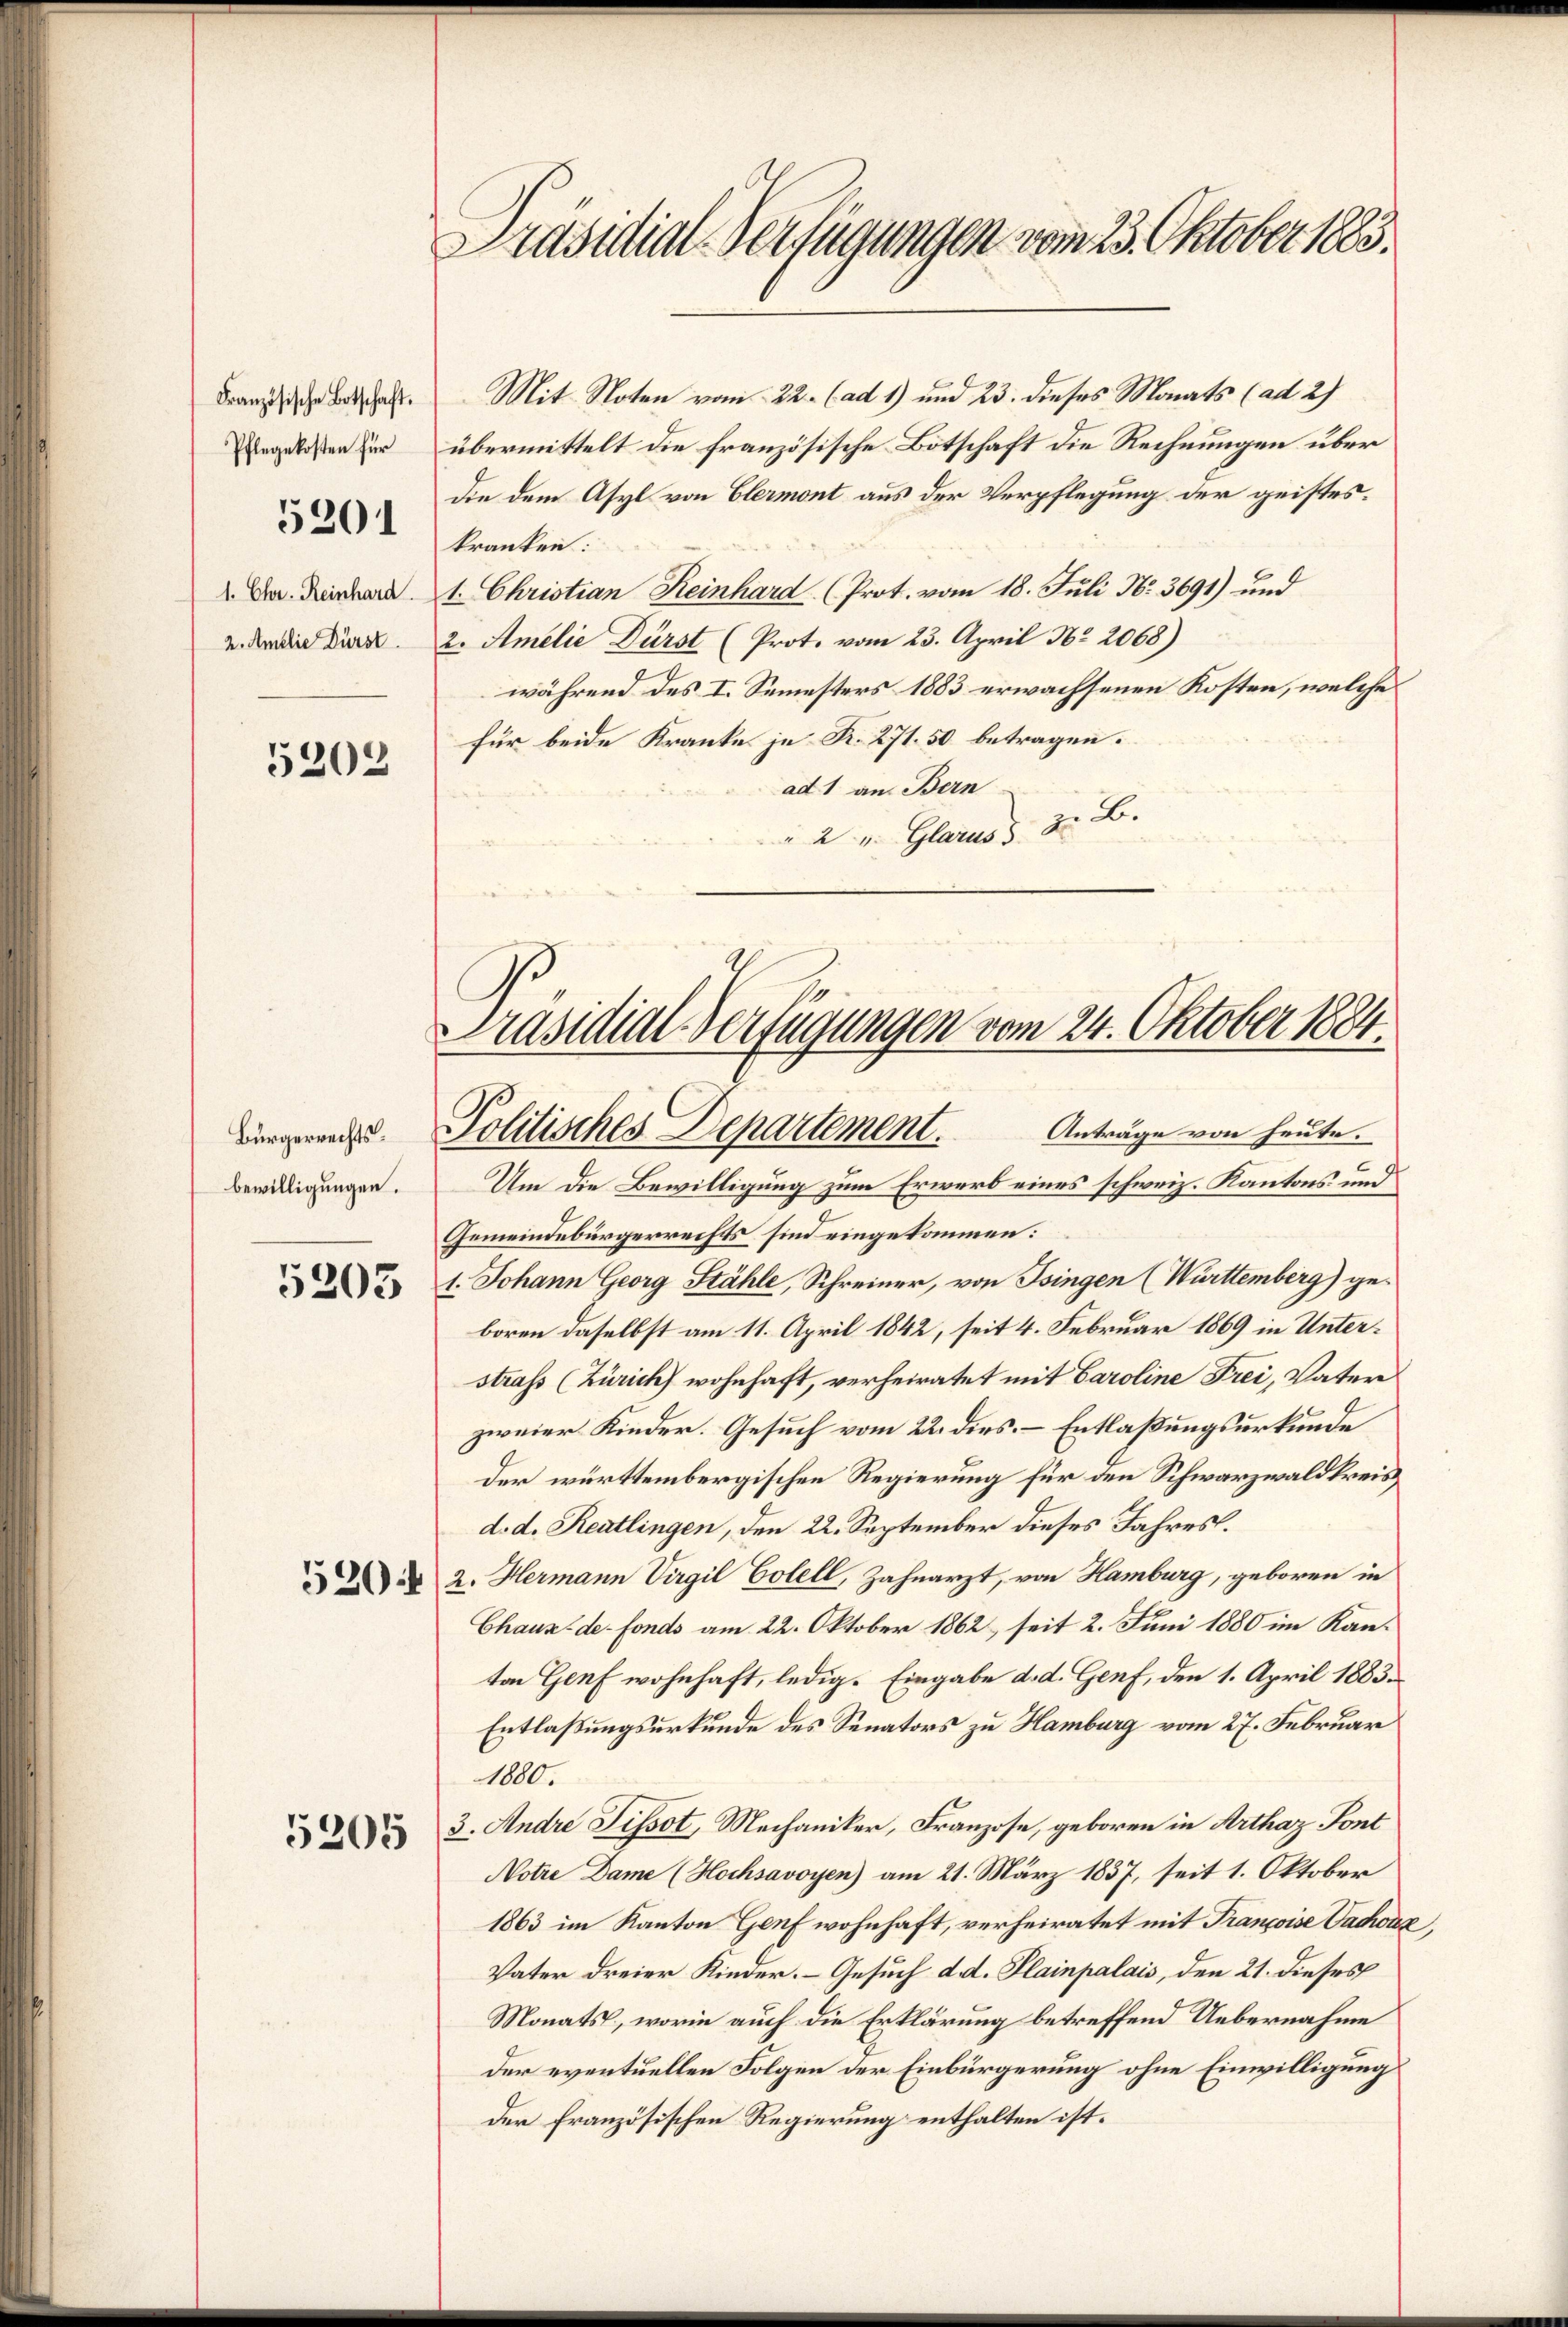
Französische Botschaft.
Pflegekosten für

5201

1. Chr. Reinhard.
2. Amblie Dürst.

5202

Bürgerrechtsbewilligungen.
5205

5205

Präsidial-Verfügungen vom 23. Oktober 1883.

Mit Noten vom 22. (ad 1) und 23. dieses Monats (ad 2)
übermittelt die französische Botschaft die Rechnungen über
die dem Asyl von Elermont aus der Verpflegung der geisteskranken:
1. Christian Reinhard (Prot. vom 18. Juli N. 3691) und
2. Amelie Dürst (Prot. vom 23. April No 2068)
während des I. Semesters 1883 erwachsenen Kosten, welche
für beide Kranke je R. 271. 50 betragen.
ad 1 an Bern
" 2 u. Glarus § 2. B.

Präsidial-Verfügungen vom 24. Oktober 1884.
Politisches Departement.
Anträge von heute.
e

Um die Bewilligung zum Erwerb eines schweiz. Kantons und
Gemeindebürgerrechts sind eingekommen:
1. Johann Georg Stähle, Schreiner, von Tsingen (Württemberg) geboren daselbst am 11. April 1842, seit 4. Februar 1869 in Unterstraß (Zürich wohnhaft, verheiratet mit Caroline Frei, Vater
zweier Kinder. Gesuch vom 22. dies. – Entlaßungsurkunde
der württembergischen Regierung für den Schwarzwaldkreis
d. d. Reutlingen, den 22. September dieses Jahres.
 2. Hermann Virgil Colell, Zahnarzt, von Hamburg, geboren in
Chaux-de-Fonds am 22. Oktober 1862 seit 2. Juni 1880 im Kanton Genf wohnhaft, ledig. Eingabe d. d. Genf, den 1. April 1883.
Entlaßungsurkunde des Senators zu Hamburg vom 27. Februar
1800.
3. Andre Tissot, Mechaniker, Franzose, geboren in Arthaz Pont
Notre Dame (Hochsavoyen) am 21. März 1837, seit 1. Oktober
1863 im Kanton Genf wohnhaft, verheiratet mit Françoise Vachoux,
Vater dreier Kinder. – Gesuch d. d. Plainpalais, den 21. dieses
Monats, worin auch die Erklärung betreffend Uebernahme
der eventuellen Folgen der Einbürgerung ohne Einwilligung
der Französischen Regierung enthalten ist.